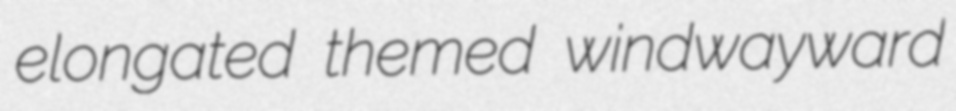
elongated themed windwayward